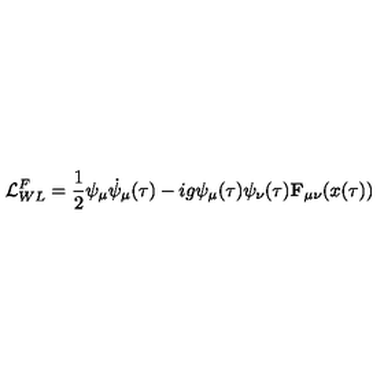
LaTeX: { \cal L } _ { W L } ^ { F } = \frac { 1 } { 2 } \psi _ { \mu } \dot { \psi } _ { \mu } ( \tau ) - i g \psi _ { \mu } ( \tau ) \psi _ { \nu } ( \tau ) { \bf F } _ { \mu \nu } ( x ( \tau ) )